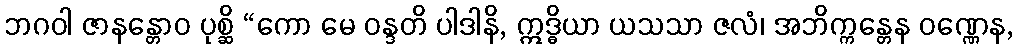
ဘဂဝါ ဇာနန္တောဝ ပုစ္ဆိ “ကော မေ ဝန္ဒတိ ပါဒါနိ, ဣဒ္ဓိယာ ယသသာ ဇလံ၊ အဘိက္ကန္တေန ဝဏ္ဏေန,